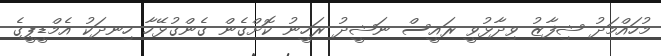
މުހައްމަދު ޝިފާޒު ވިދާޅުވީ ރައީސް ނަޝީދު ރަހީނު ކޮށްގެން ގެންގުޅޭހާ ހިނދަކު އެމްޑީޕީގެ